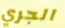
الجري